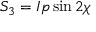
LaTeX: S _ { 3 } = I p \sin 2 \chi